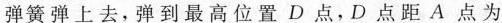
弹簧弹上去，弹到最高位置D点，D点距A点为